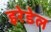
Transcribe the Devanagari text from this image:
इरेडेल